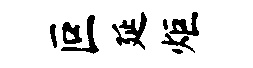
叵延炬